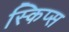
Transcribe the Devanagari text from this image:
स्किप्स